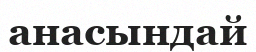
анасындай